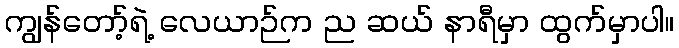
ကျွန်တော့်ရဲ့ လေယာဉ်က ည ဆယ် နာရီမှာ ထွက်မှာပါ။